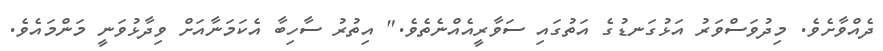
ދެއްވާށެވެ. މިދުވަސްވަރު އަޅުގަނޑުގެ އަތުގައި ސަވާރީއެއްނެތެވެ." އިތުރު ސާހިބާ އެކަމަނާއަށް ވިދާޅުވަނީ މަންމައެވެ.